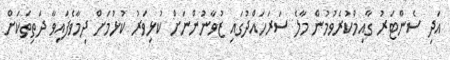
އަދި ސެންޓަރު ގާއިމްކުރެވުމުން މާލެ ސަރަހައްދުގައި ޒުވާނުންނަށް ކުޅިވަރު ކުޅުމަށް ދިމާވެފައިވާ ދަތިތަކަށް